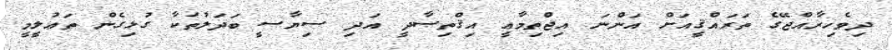
ދިވެހިރާއްޖޭގެ ތަރައްޤީއަށް އަންނަ އިޖްތިމާޢީ އިޤްތިޞާދީ އަދި ސިޔާސީ ބަދަލުތަކާ ގުޅިގެން ތަޢުލީމީ